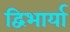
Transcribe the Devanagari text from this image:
द्विभार्या